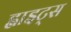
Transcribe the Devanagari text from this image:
ह्वाइट्स